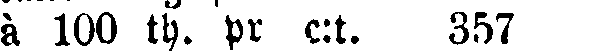
à 100 th. pr c:t. 357